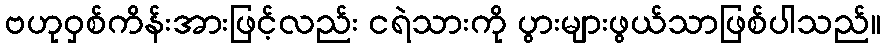
ဗဟုဝှစ်ကိန်းအားဖြင့်လည်း ငရဲသားကို ပွားများဖွယ်သာဖြစ်ပါသည်။